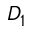
D _ { 1 }